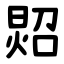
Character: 㷖